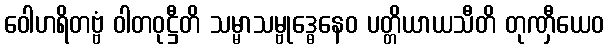
ဝေါဟရိတဗ္ဗံ ဝါတဝုဋ္ဌီတိ သမ္မာသမ္ဗုဒ္ဓေနေဝ ပတ္တိယာယသီတိ တုဏှီယေဝ